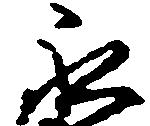
永